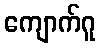
ကျောက်ဂူ